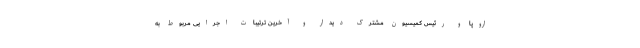
اروپا و رئیس کمیسیون مشترک دیدار و آخرین ترتیبات اجرایی مربوط به